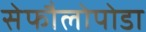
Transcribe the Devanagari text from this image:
सेफौलोपोडा